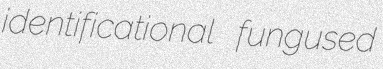
identificational fungused